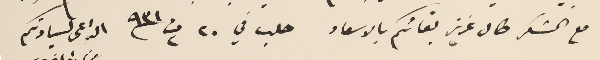
مع الشكر طال عزيز بقائكم بالاسعاد  حلب في ٢٠ ت٢ /٩٣١ الداعى لسيادتكم